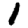
Digit: 1